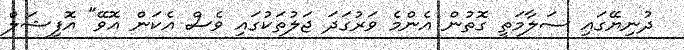
ދުނިޔޭގައި ސަލާމަތީ ގޮތުން އެންމެ ވަރުގަދަ ޖަލުތަކުގައި ވެސް އެކަން އޮވޭ" އޮފިޝަލް